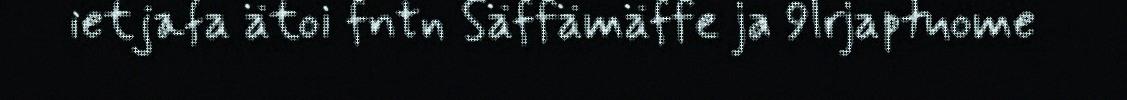
ietjafa ätoi fntn Säffämäffe ja 9lrjaptuome